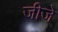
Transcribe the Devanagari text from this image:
जीजे